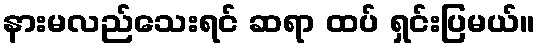
နားမလည်သေးရင် ဆရာ ထပ် ရှင်းပြမယ်။